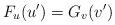
LaTeX: \begin{align*}F_{u}(u')=G_{v}(v')\end{align*}